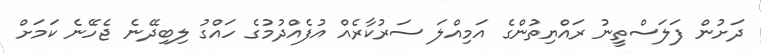
ދަށުން ފަލަސްތީނު ރައްޔިތުންގެ އަމިއްލަ ސަރުކާރެއް އުފެއްދުމުގެ ހައްގު ލިބިދޭނެ ޖެހޭނެ ކަމަށް